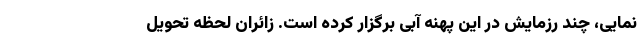
نمایی، چند رزمایش در این پهنه آبی برگزار کرده است. زائران لحظه تحویل